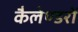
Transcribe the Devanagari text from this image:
कैलेण्डरों